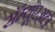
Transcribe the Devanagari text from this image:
सॅम्यूएअल